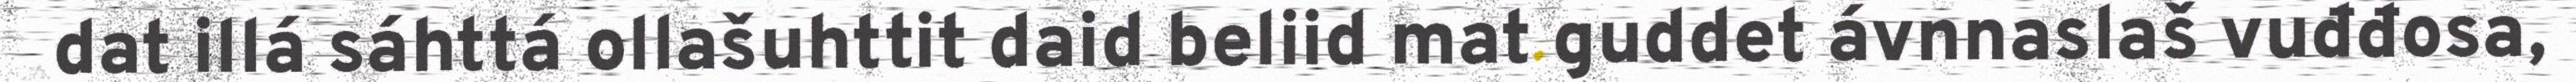
dat illá sáhttá ollašuhttit daid beliid mat guddet ávnnaslaš vuđđosa,